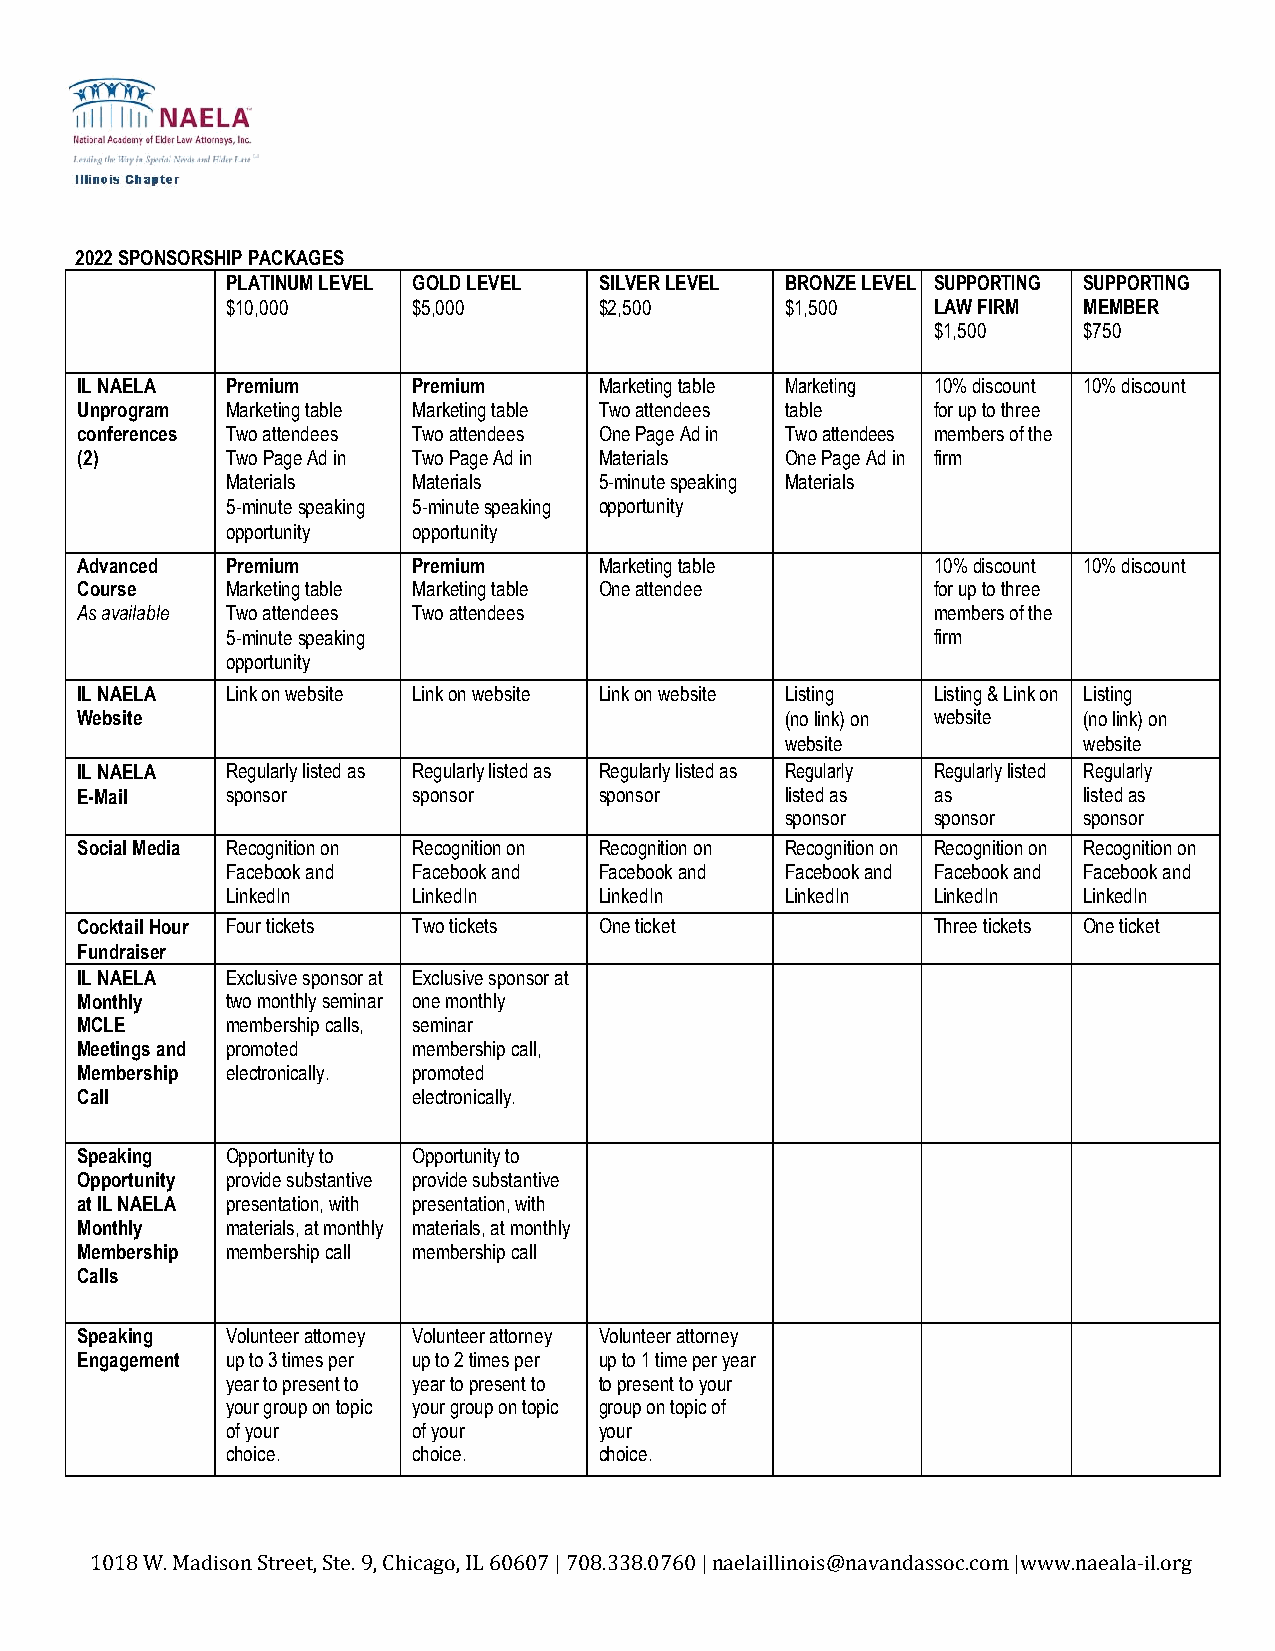
2022 SPONSORSHIP PACKAGES
 PLATINUM LEVEL GOLD LEVEL SILVER LEVEL BRONZE LEVEL SUPPORTING SUPPORTING
 $10,000     $5,000       $2,500      $1,500    LAW FIRM  MEMBER
 $1,500    $750
 IL NAELA  Premium     Premium      Marketing table Marketing 10% discount 10% discount
 Unprogram Marketing table Marketing table Two attendees table for up to three
 conferences Two attendees Two attendees One Page Ad in Two attendees members of the
 (2)       Two Page Ad in Two Page Ad in Materials One Page Ad in firm
 Materials   Materials    5-minute speaking Materials
 5-minute speaking 5-minute speaking opportunity
 opportunity opportunity
 Advanced  Premium     Premium      Marketing table       10% discount 10% discount
 Course    Marketing table Marketing table One attendee   for up to three
 As available Two attendees Two attendees                 members of the
 5-minute speaking                              firm
 opportunity
 IL NAELA  Link on website Link on website Link on website Listing Listing & Link on Listing
 Website                                        (no link) on website (no link) on
 website             website
 IL NAELA  Regularly listed as Regularly listed as Regularly listed as Regularly Regularly listed Regularly
 E-Mail    sponsor     sponsor      sponsor     listed as as        listed as
 sponsor   sponsor   sponsor
 Social Media Recognition on Recognition on Recognition on Recognition on Recognition on Recognition on
 Facebook and Facebook and Facebook and Facebook and Facebook and Facebook and
 LinkedIn    LinkedIn     LinkedIn    LinkedIn  LinkedIn  LinkedIn
 Cocktail Hour Four tickets Two tickets One ticket        Three tickets One ticket
 Fundraiser
 IL NAELA  Exclusive sponsor at Exclusive sponsor at
 Monthly   two monthly seminar one monthly
 MCLE      membership calls, seminar
 Meetings and promoted membership call,
 Membership electronically. promoted
 Call                  electronically.
 Speaking  Opportunity to Opportunity to
 Opportunity provide substantive provide substantive
 at IL NAELA presentation, with presentation, with
 Monthly   materials, at monthly materials, at monthly
 Membership membership call membership call
 Calls
 Speaking  Volunteer attorney Volunteer attorney Volunteer attorney
 Engagement up to 3 times per up to 2 times per up to 1 time per year
 year to present to year to present to to present to your
 your group on topic your group on topic group on topic of
 of your     of your      your
 choice.     choice.      choice.
 1018 W. Madison Street, Ste. 9, Chicago, IL 60607 | 708.338.0760 | naelaillinois@navandassoc.com |www.naeala-il.org